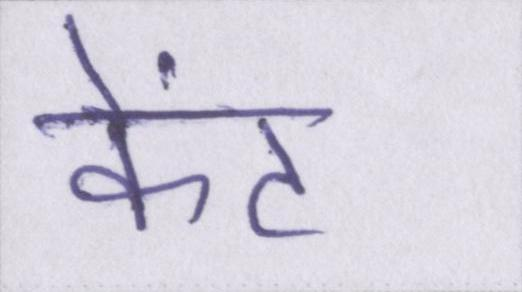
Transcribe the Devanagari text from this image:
केंट